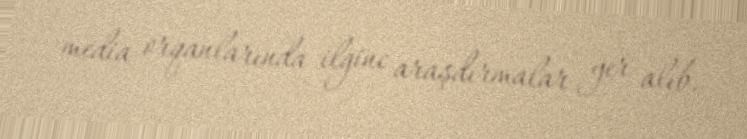
media orqanlarında ilginc araşdırmalar yer alıb.